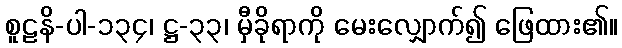
စူဠနိ-ပါ-၁၃၄၊ ဋ္ဌ-၃၃၊ မှီခိုရာကို မေးလျှောက်၍ ဖြေထား၏။